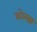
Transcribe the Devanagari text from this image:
कोरक्षा